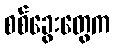
စစ်ခွေးတွေက